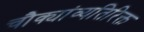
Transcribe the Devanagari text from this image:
चौक्यांव्यतिरिक्त